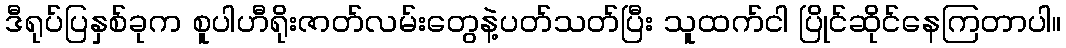
ဒီရုပ်ပြနှစ်ခုက စူပါဟီရိုးဇာတ်လမ်းတွေနဲ့ပတ်သတ်ပြီး သူထက်ငါ ပြိုင်ဆိုင်နေကြတာပါ။